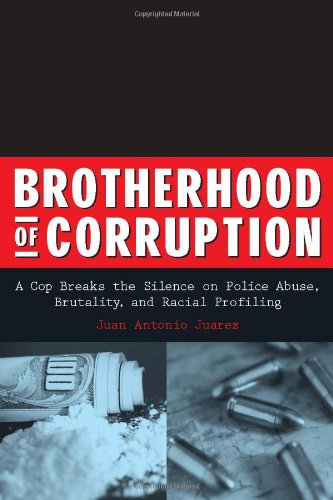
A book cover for Brotherhood of Corruption: A Cop Breaks the Silence on Police Abuse, Brutality, and Racial Profiling; Juan Antonio Juarez; Biographies & Memoirs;